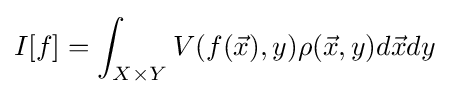
I[f]=\int _{X\times Y}V(f({\vec {x}}),y)\rho ({\vec {x}},y)d{\vec {x}}dy